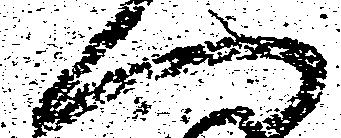
へ